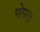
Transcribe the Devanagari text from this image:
पोपल